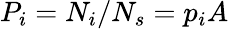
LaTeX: P_{i}=N_{i}/N_{s}=p_{i}A